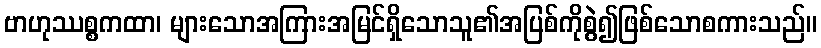
ဗာဟုဿစ္စကထာ၊ များသောအကြားအမြင်ရှိသောသူ၏အပြစ်ကိုစွဲ၍ဖြစ်သောစကားသည်။